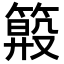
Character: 𥲏